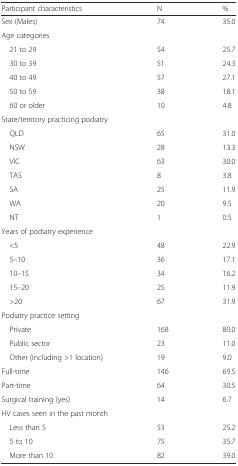
<table><thead><tr><td><b>Participant characteristics</b></td><td><b>N</b></td><td><b>%</b></td></tr></thead><tbody><tr><td>Sex (Males)</td><td>74</td><td>35.0</td></tr><tr><td colspan="3">Age categories</td></tr><tr><td> 21 to 29</td><td>54</td><td>25.7</td></tr><tr><td> 30 to 39</td><td>51</td><td>24.3</td></tr><tr><td> 40 to 49</td><td>57</td><td>27.1</td></tr><tr><td> 50 to 59</td><td>38</td><td>18.1</td></tr><tr><td> 60 or older</td><td>10</td><td>4.8</td></tr><tr><td colspan="3">State/territory practicing podiatry</td></tr><tr><td> QLD</td><td>65</td><td>31.0</td></tr><tr><td> NSW</td><td>28</td><td>13.3</td></tr><tr><td> VIC</td><td>63</td><td>30.0</td></tr><tr><td> TAS</td><td>8</td><td>3.8</td></tr><tr><td> SA</td><td>25</td><td>11.9</td></tr><tr><td> WA</td><td>20</td><td>9.5</td></tr><tr><td> NT</td><td>1</td><td>0.5</td></tr><tr><td colspan="3">Years of podiatry experience</td></tr><tr><td> &lt;5</td><td>48</td><td>22.9</td></tr><tr><td> 5–10</td><td>36</td><td>17.1</td></tr><tr><td> 10–15</td><td>34</td><td>16.2</td></tr><tr><td> 15–20</td><td>25</td><td>11.9</td></tr><tr><td> &gt;20</td><td>67</td><td>31.9</td></tr><tr><td colspan="3">Podiatry practice setting</td></tr><tr><td> Private</td><td>168</td><td>80.0</td></tr><tr><td> Public sector</td><td>23</td><td>11.0</td></tr><tr><td> Other (including &gt;1 location)</td><td>19</td><td>9.0</td></tr><tr><td>Full-time</td><td>146</td><td>69.5</td></tr><tr><td>Part-time</td><td>64</td><td>30.5</td></tr><tr><td>Surgical training (yes)</td><td>14</td><td>6.7</td></tr><tr><td colspan="3">HV cases seen in the past month</td></tr><tr><td> Less than 5</td><td>53</td><td>25.2</td></tr><tr><td> 5 to 10</td><td>75</td><td>35.7</td></tr><tr><td> More than 10</td><td>82</td><td>39.0</td></tr></tbody></table>